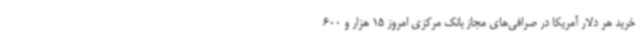
خرید هر دلار آمریکا در صرافی‌های مجاز بانک مرکزی امروز 15 هزار و 600